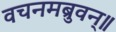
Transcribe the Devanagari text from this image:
वचनमब्रुवन्॥